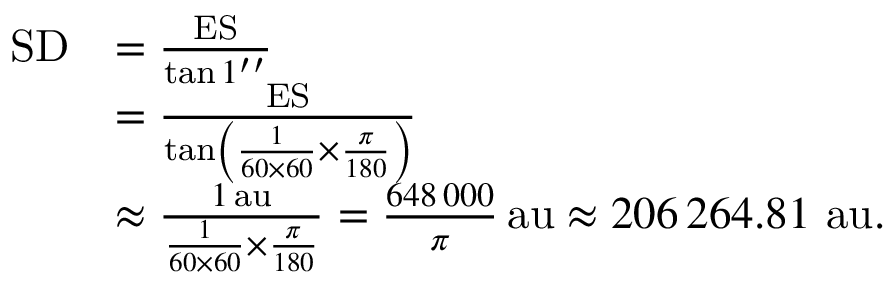
{ \begin{array} { r l } { \mathrm { S D } } & { = { \frac { \mathrm { E S } } { \tan 1 ^ { \prime \prime } } } } \\ & { = { \frac { \mathrm { E S } } { \tan \left( { \frac { 1 } { 6 0 \times 6 0 } } \times { \frac { \pi } { 1 8 0 } } \right) } } } \\ & { \approx { \frac { 1 \, \mathrm { a u } } { { \frac { 1 } { 6 0 \times 6 0 } } \times { \frac { \pi } { 1 8 0 } } } } = { \frac { 6 4 8 \, 0 0 0 } { \pi } } \, \mathrm { a u } \approx 2 0 6 \, 2 6 4 . 8 1 ~ \mathrm { a u } . } \end{array} }